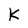
Character: k